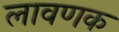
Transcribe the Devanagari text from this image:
लावणक